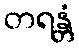
တရန္တံ